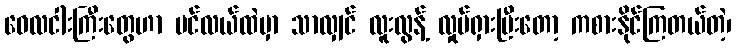
ဝေလငါးကြီးတွေဟာ ပင်လယ်ထဲမှာ သာလျှင် လူးလွန့် လှုပ်ရှားပြီးတော့ ကစားနိုင်ကြတယ်တဲ့၊